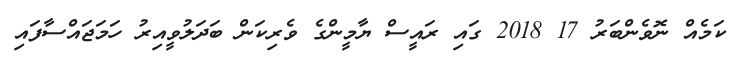
ކަމެއް ނޮވެންބަރު 17 2018 ގައި ރައީސް ޔާމީންގެ ވެރިކަން ބަދަލުވީއިރު ހަމަޖައްސާފައި